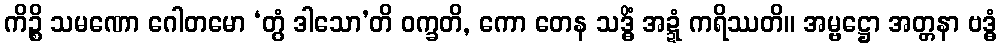
ကိဉ္စိ သမဏော ဂေါတမော ‘တွံ ဒါသော’တိ ဝက္ခတိ, ကော တေန သဒ္ဓိံ အဍ္ဍံ ကရိဿတိ။ အမ္ဗဋ္ဌော အတ္တနာ ဗဒ္ဓံ